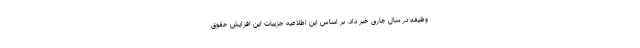
وظیفه در سال جاری خبر داد. بر اساس این اطلاعیه جزییات این افزایش حقوق